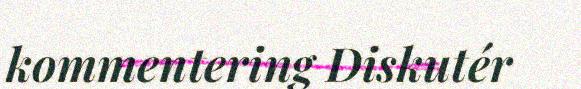
kommentering Diskutér